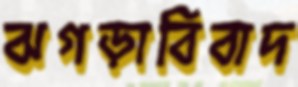
ঝগড়াবিবাদ